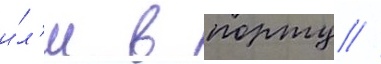
и́л'и в порту //